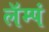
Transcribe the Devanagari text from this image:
लॅम्पं